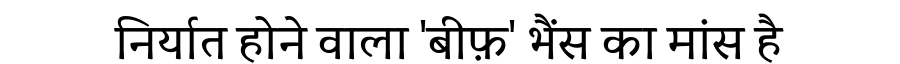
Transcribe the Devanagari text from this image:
निर्यात होने वाला 'बीफ़' भैंस का मांस है